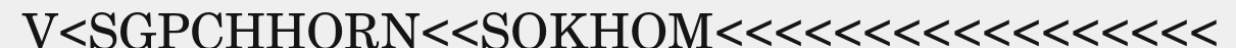
V<SGPCHHORN<<SOKHOM<<<<<<<<<<<<<<<<<